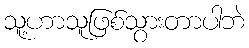
သူ့ဟာသူဖြစ်သွားတာပါဘဲ